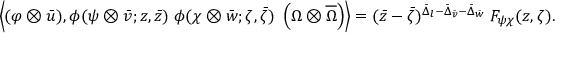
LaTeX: \left\langle ( \varphi \otimes \bar { u } ) , \phi ( \psi \otimes \bar { v } ; z , \bar { z } ) \; \phi ( \chi \otimes \bar { w } ; \zeta , \bar { \zeta } ) \; \left( \Omega \otimes \overline { { { \Omega } } } \right) \right\rangle = ( \bar { z } - \bar { \zeta } ) ^ { \bar { \Delta } _ { l } - \bar { \Delta } _ { \bar { v } } - \bar { \Delta } _ { \bar { w } } } \; F _ { \psi \chi } ( z , \zeta ) .